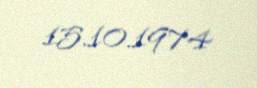
15.10.1974